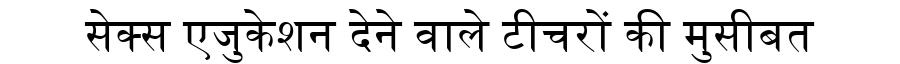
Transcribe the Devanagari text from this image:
सेक्स एजुकेशन देने वाले टीचरों की मुसीबत